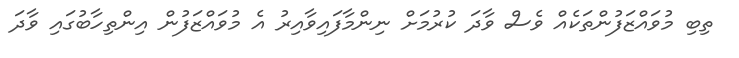
ތިބި މުވައްޒަފުންތަކެއް ވެސް ވާދަ ކުރުމަށް ނިންމާފައިވާއިރު އެ މުވައްޒަފުން އިންތިހާބުގައި ވާދަ